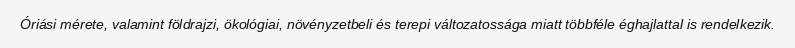
Óriási mérete, valamint földrajzi, ökológiai, növényzetbeli és terepi változatossága miatt többféle éghajlattal is rendelkezik.